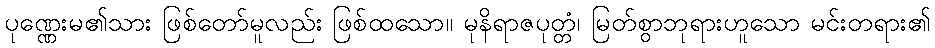
ပုဏ္ဏေးမ၏သား ဖြစ်တော်မူလည်း ဖြစ်ထသော။ မုနိရာဇပုတ္တံ၊ မြတ်စွာဘုရားဟူသော မင်းတရား၏